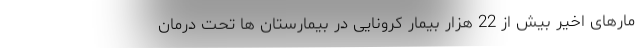
مارهای اخیر بیش از 22 هزار بیمار کرونایی در بیمارستان ها تحت درمان